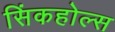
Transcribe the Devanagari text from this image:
सिंकहोल्स